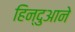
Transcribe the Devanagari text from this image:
हिन्दुआने